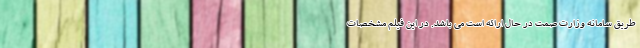
طریق سامانه وزارت صمت در حال ارائه است می باشد. در این فیلم مشخصات